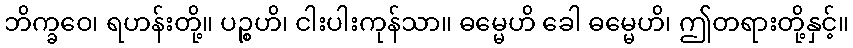
ဘိက္ခဝေ၊ ရဟန်းတို့။ ပဉ္စဟိ၊ ငါးပါးကုန်သာ။ ဓမ္မေဟိ ခေါ ဓမ္မေဟိ၊ ဤတရားတို့နှင့်။